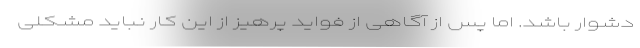
دشوار باشد. اما پس از آگاهی از فواید پرهیز از این کار نباید مشکلی